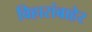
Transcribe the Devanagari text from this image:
विहारांबाहेर